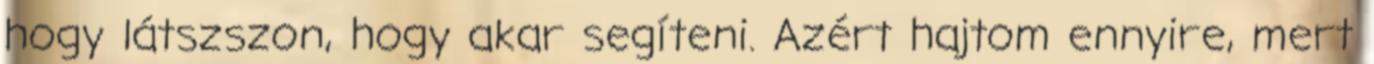
hogy látszszon, hogy akar segíteni. Azért hajtom ennyire, mert